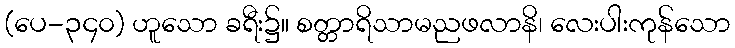
(ပေ-၃၄၀) ဟူသော ခရီး၌။ စတ္တာရိသာမညဖလာနိ၊ လေးပါးကုန်သော